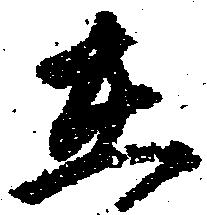
在